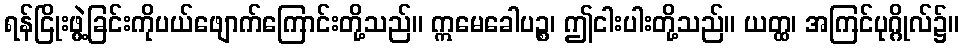
ရန်ငြိုးဖွဲ့ခြင်းကိုပယ်ဖျောက်ကြောင်းတို့သည်။ ဣမေခေါပဉ္စ၊ ဤငါးပါးတို့သည်။ ယတ္ထ၊ အကြင်ပုဂ္ဂိုလ်၌။